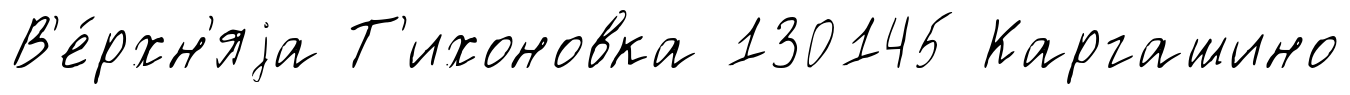
В'е́рхн'яjа Т'ихоновка 130145 Каргашино